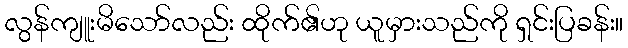
လွန်ကျူးမိသော်လည်း ထိုက်၏ဟု ယူမှားသည်ကို ရှင်းပြခန်း။